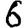
Digit: 6